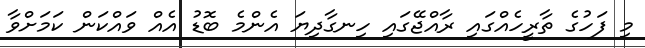
މި ފަހުގެ ތާރީހެއްގައި ރާއްޖޭގައި ހިނގާދިޔަ އެންމެ ބޮޑު އެއް ވައްކަން ކަމަށްވާ